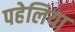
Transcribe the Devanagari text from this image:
पहेलिया